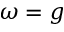
\omega = g